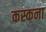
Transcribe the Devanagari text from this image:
कस्कना